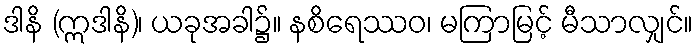
ဒါနိ (ဣဒါနိ)၊ ယခုအခါ၌။ နစိရေဿဝ၊ မကြာမြင့် မီသာလျှင်။